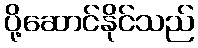
ပို့ဆောင်နိုင်သည်